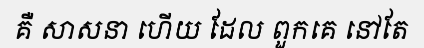
គឺ សាសនា ហើយ ដែល ពួកគេ នៅតែ